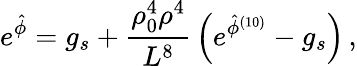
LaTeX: e^{\hat{\phi}}=g_{s}+{\frac{\rho_{0}^{4}\rho^{4}}{L^{8}}}\left(e^{\hat{\phi}^{(10)}}-g_{s}\right)\, ,